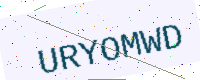
Text: URYOMWD